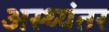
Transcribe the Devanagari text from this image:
अस्थ्यंतर